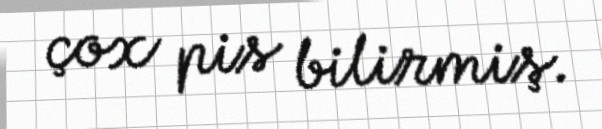
çox pis bilirmiş.